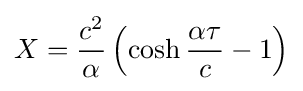
X={\frac {c^{2}}{\alpha }}\left(\cosh {\frac {\alpha \tau }{c}}-1\right)